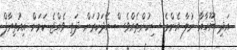
އަދި ޔޫހާއާ ނުލާ އެންމެ ސިކުންތެއްވެސް ހޭދަކުރަން ދަތި ވެއްޖެ ކަމަށް އިއުތިރާފް